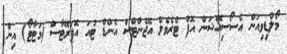
މޯލްޑިވިއަން އެސޯސިއޭޝަން އޮފް ޓްރެވެލް އޭޖެންޓްސް އެންޑް ޓުއަ އޮޕަރޭޓާސް (މަޓާޓޯ) އިން